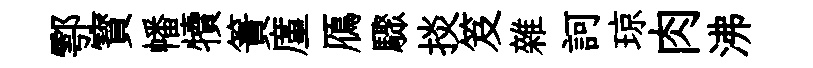
鄠寳幡犢簀廑鴈驟掞笈雜訶琼肉沸